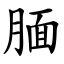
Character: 腼